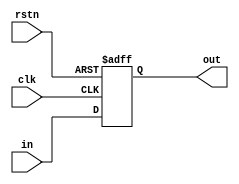
//Design:           SystolicMUL_163_8_digits
//
//
//Use:              1 bit register
//
//
//Version           Date                Note
//  1.0             2014/12/21          Original created
//
//----------------------------------------------------------

module regist_1bit(
//-----input-----
  clk,
  rstn,
  in,
//-----output-----
  out
);

input clk;
input rstn;
input in;
output out;
reg out;

always@(posedge clk or negedge rstn)
begin
  if(!rstn)
    begin
      out<=1'b0;
    end
  else
    begin
      out<=in;
    end
end

endmodule